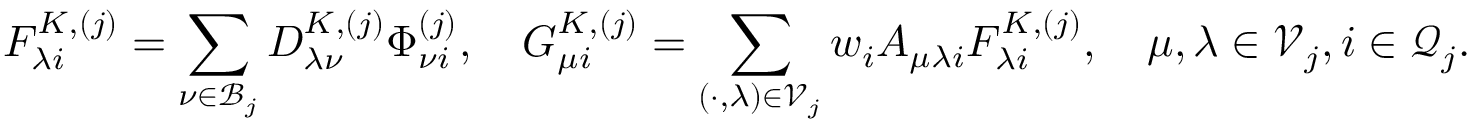
F _ { \lambda i } ^ { K , ( j ) } = \sum _ { \nu \in \mathcal { B } _ { j } } D _ { \lambda \nu } ^ { K , ( j ) } \Phi _ { \nu i } ^ { ( j ) } , \quad G _ { \mu i } ^ { K , ( j ) } = \sum _ { ( \cdot , \lambda ) \in \mathcal { V } _ { j } } w _ { i } A _ { \mu \lambda i } F _ { \lambda i } ^ { K , ( j ) } , \quad \mu , \lambda \in \mathcal { V } _ { j } , i \in \mathcal { Q } _ { j } .